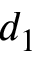
d _ { 1 }